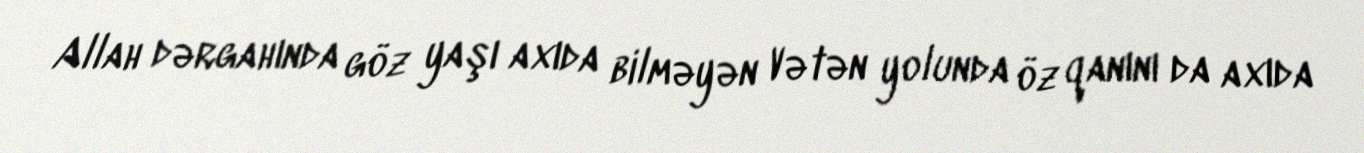
Allah dərgahında göz yaşı axıda bilməyən Vətən yolunda öz qanını da axıda